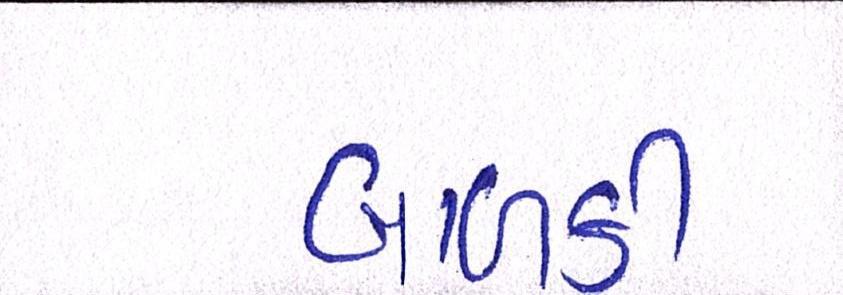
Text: બાળકી